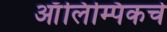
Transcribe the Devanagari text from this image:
आॅलिम्पिकचे